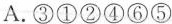
⑤颐和园乐寿堂差不多四边都是窗子，面向湖景，每个窗子都等于